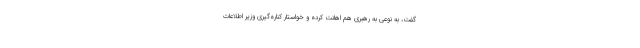
گفت، به نوعى به رهبرى هم اهانت كرده و خواستار كناره‌گیرى وزیر اطلاعات